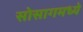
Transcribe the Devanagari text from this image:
सोसागमध्ये